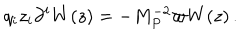
LaTeX: q _ { i } z _ { i } \partial ^ { i } W ( z ) = - M _ { P } ^ { - 2 } \varpi W ( z ) \, .